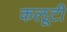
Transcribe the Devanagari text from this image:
कलूटी